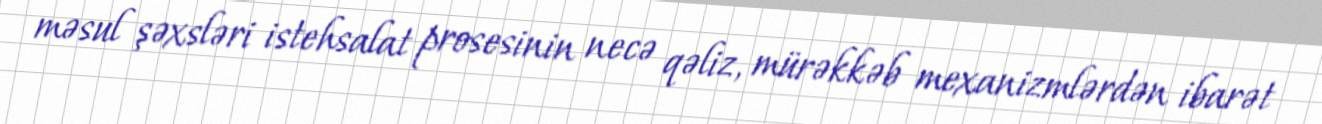
məsul şəxsləri istehsalat prosesinin necə qəliz, mürəkkəb mexanizmlərdən ibarət